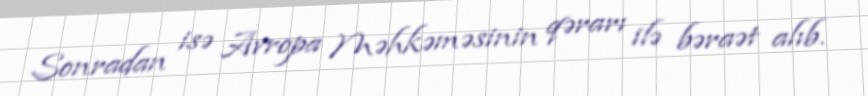
Sonradan isə Avropa Məhkəməsinin qərarı ilə bəraət alıb.